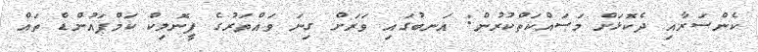
ކެންސަރާއި ދެކޮޅަށް މަސައްކަތްކުރުން: އަނބުގައި ވަރަށް ގިނަ ވައްތަރުގެ ފީނޮލިކް ކަމްޕައުންޑް ތައް